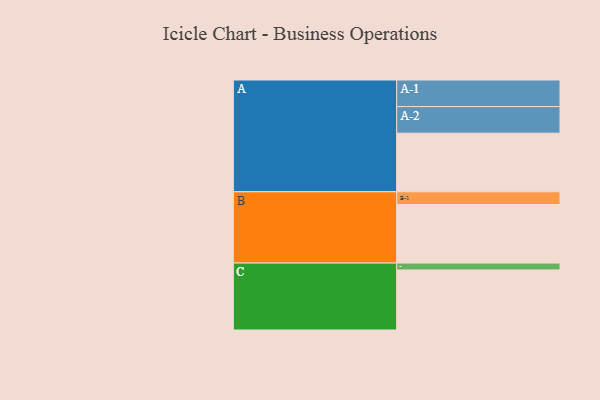
{"axis": {"x": "Segment", "y": "Value"}, "legend": ["", "A", "B", "C"], "data": [{"x": "A", "y": 443, "type": ""}, {"x": "B", "y": 443, "type": ""}, {"x": "C", "y": 454, "type": ""}, {"x": "A-1", "y": 201, "type": "A"}, {"x": "A-2", "y": 201, "type": "A"}, {"x": "B-1", "y": 96, "type": "B"}, {"x": "C-1", "y": 52, "type": "C"}]}